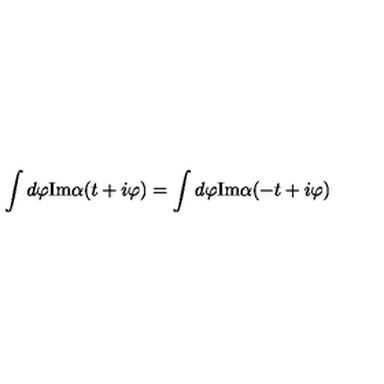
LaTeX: \int d \varphi \mathrm { I m } \alpha ( t + i \varphi ) = \int d \varphi \mathrm { I m } \alpha ( - t + i \varphi )